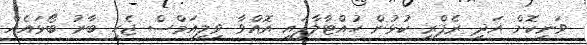
ވަނިކޮށް އަދި ރެފްރީ ކުޅުން ހުއްޓާލާފައި އޮއްވާ ވިލިއަމްސް ޖެހި ބާރު ބޯޅައެއް